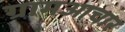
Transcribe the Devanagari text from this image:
ग्रामआचार